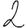
Digit: 2